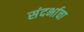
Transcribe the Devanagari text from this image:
संदर्भाचा